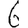
Digit: 6